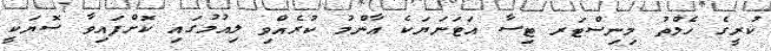
ކުރީގެ ހެލްތު މިނިސްޓަރ ޓިސާ އަޓަނަޔަކެ ޢާންމު ކުރެއްވި ލިއުމުގައި ކޮށްފައިވާ ސޮޔަކީ